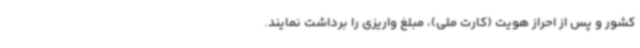
کشور و پس از احراز هویت (کارت ملی)، مبلغ واریزی را برداشت نمایند.